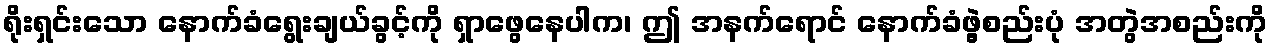
ရိုးရှင်းသော နောက်ခံရွေးချယ်ခွင့်ကို ရှာဖွေနေပါက၊ ဤ အနက်ရောင် နောက်ခံဖွဲ့စည်းပုံ အတွဲအစည်းကို